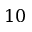
1 0